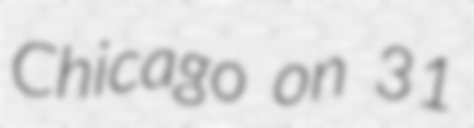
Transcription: Chicago on 31